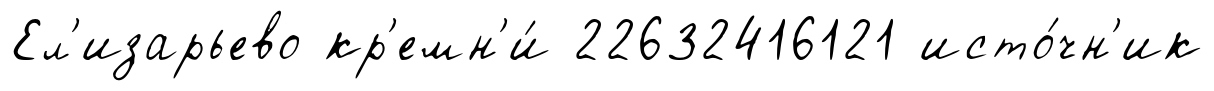
Ел'изарьево кр'емн'и́ 22632416121 исто́чн'ик